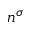
n ^ { \sigma }